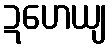
ဍဟေယျ